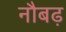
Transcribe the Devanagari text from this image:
नौबढ़